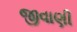
જીવાણી